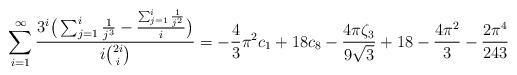
LaTeX: \begin{align*}\sum_{i=1}^{\infty } \frac{3^i \big( \sum_{j=1}^i \frac{1}{j^3} -\frac{ \sum_{j=1}^i \frac{1}{j^2}}{i}\big)}{i \binom{2 i}{i}}= -\frac{4}{3} \pi ^2 c_ 1+18 c_ 8-\frac{4 \pi \zeta_3}{9 \sqrt{3}}+18-\frac{4 \pi ^2}{3}-\frac{2 \pi ^4}{243}\end{align*}